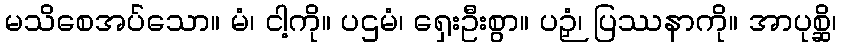
မသိစေအပ်သော။ မံ၊ ငါ့ကို။ ပဌမံ၊ ရှေးဦးစွာ။ ပဉှံ၊ ပြဿနာကို။ အာပုစ္ဆိ၊